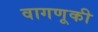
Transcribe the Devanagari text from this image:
वागणूकी